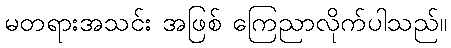
မတရားအသင်း အဖြစ် ကြေညာလိုက်ပါသည်။